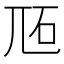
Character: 𡯝